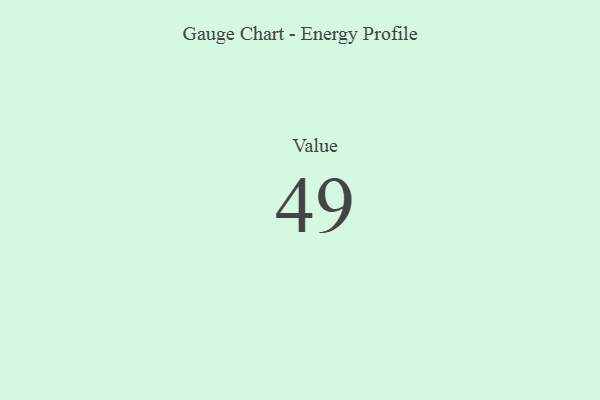
{"axis": {"x": "Metric", "y": "Value"}, "legend": [""], "data": [{"x": "Value", "y": 49, "type": ""}]}